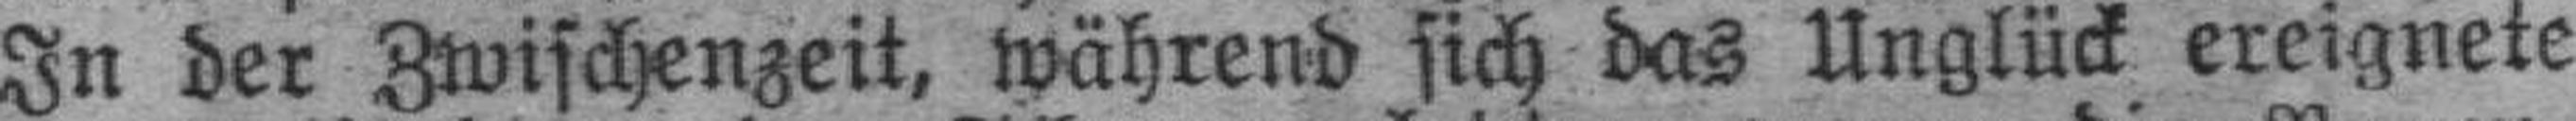
In der Zwischenzeit, während sich das Unglück ereignete